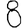
Digit: 8